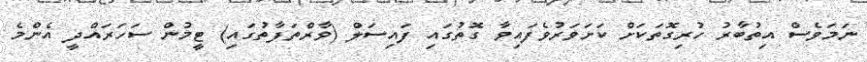
ނަމަވެސް އިތުބާރު ހުރިގޮތަކަށް ކަށަވަރުވެފައިވާ ގޮތުގައި ފައިސަލް (ވާރްތަފާތުގައި) ޓީމުން ސަހަރައްދީ އެންމެ